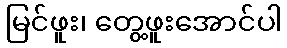
မြင်ဖူး၊ တွေ့ဖူးအောင်ပါ